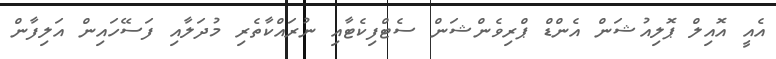
އެއީ އޮއިލް ޕޮލިއުޝަން އެންޑް ޕްރިވެންޝަން ސެޓްފިކެޓާއި ނުރައްކާތެރި މުދަލާއި ފަސޭހައިން އަލިފާން